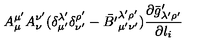
A _ { \mu } ^ { \mu ^ { \prime } } A _ { \nu } ^ { \nu ^ { \prime } } ( \delta _ { \mu ^ { \prime } } ^ { \lambda ^ { \prime } } \delta _ { \nu ^ { \prime } } ^ { \rho ^ { \prime } } - { \bar { B ^ { \prime } } } _ { \mu ^ { \prime } \nu ^ { \prime } } ^ { \lambda ^ { \prime } \rho ^ { \prime } } ) \frac { \partial { \bar { g } ^ { \prime } } _ { \lambda ^ { \prime } \rho ^ { \prime } } } { \partial l _ { i } }